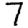
Digit: 7